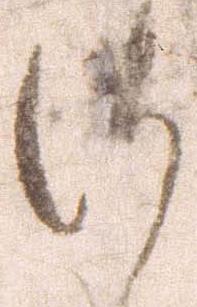
御